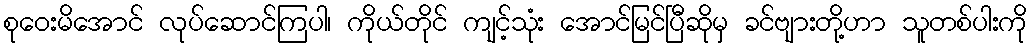
စုဝေးမိအောင် လုပ်ဆောင်ကြပါ၊ ကိုယ်တိုင် ကျင့်သုံး အောင်မြင်ပြီဆိုမှ ခင်ဗျားတို့ဟာ သူတစ်ပါးကို